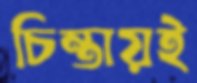
চিন্তায়ই